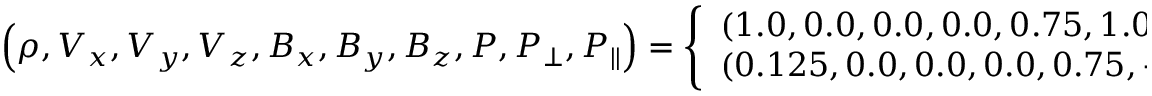
\left( \rho , V _ { x } , V _ { y } , V _ { z } , B _ { x } , B _ { y } , B _ { z } , P , P _ { \perp } , P _ { \| } \right) = \left\{ \begin{array} { l l } { ( 1 . 0 , 0 . 0 , 0 . 0 , 0 . 0 , 0 . 7 5 , 1 . 0 , 0 . 0 , 1 . 0 , 1 . 0 , 1 . 0 ) } & { ( x < 0 ) } \\ { ( 0 . 1 2 5 , 0 . 0 , 0 . 0 , 0 . 0 , 0 . 7 5 , - 1 . 0 , 0 . 0 , 0 . 1 , 0 . 1 , 0 . 1 ) } & { ( x \geq 0 ) } \end{array} \right.